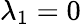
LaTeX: \lambda_{1}=0